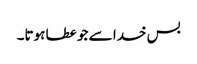
بس خدا سے جو عطا ہوتا۔